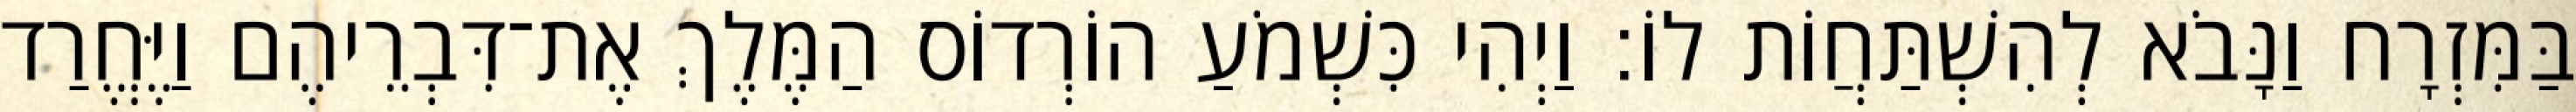
בַּמִּזְרָח וַנָּבֹא לְהִשְׁתַּחֲוֹת לוֹ׃ וַיְהִי כִּשְׁמֹעַ הוֹרְדוֹס הַמֶּלֶךְ אֶת־דִּבְרֵיהֶם וַיֶּחֱרַד